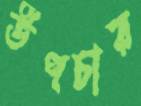
উপচার